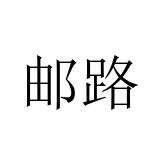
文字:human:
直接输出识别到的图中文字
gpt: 邮路